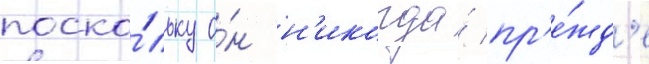
поско́льку о́н н'икогда́ пр'е́жд'е